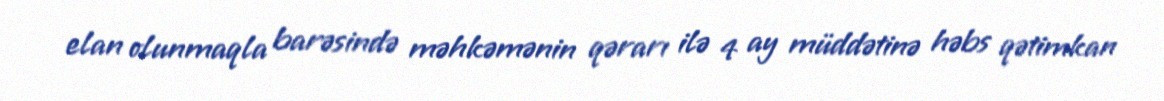
elan olunmaqla barəsində məhkəmənin qərarı ilə 4 ay müddətinə həbs qətimkan